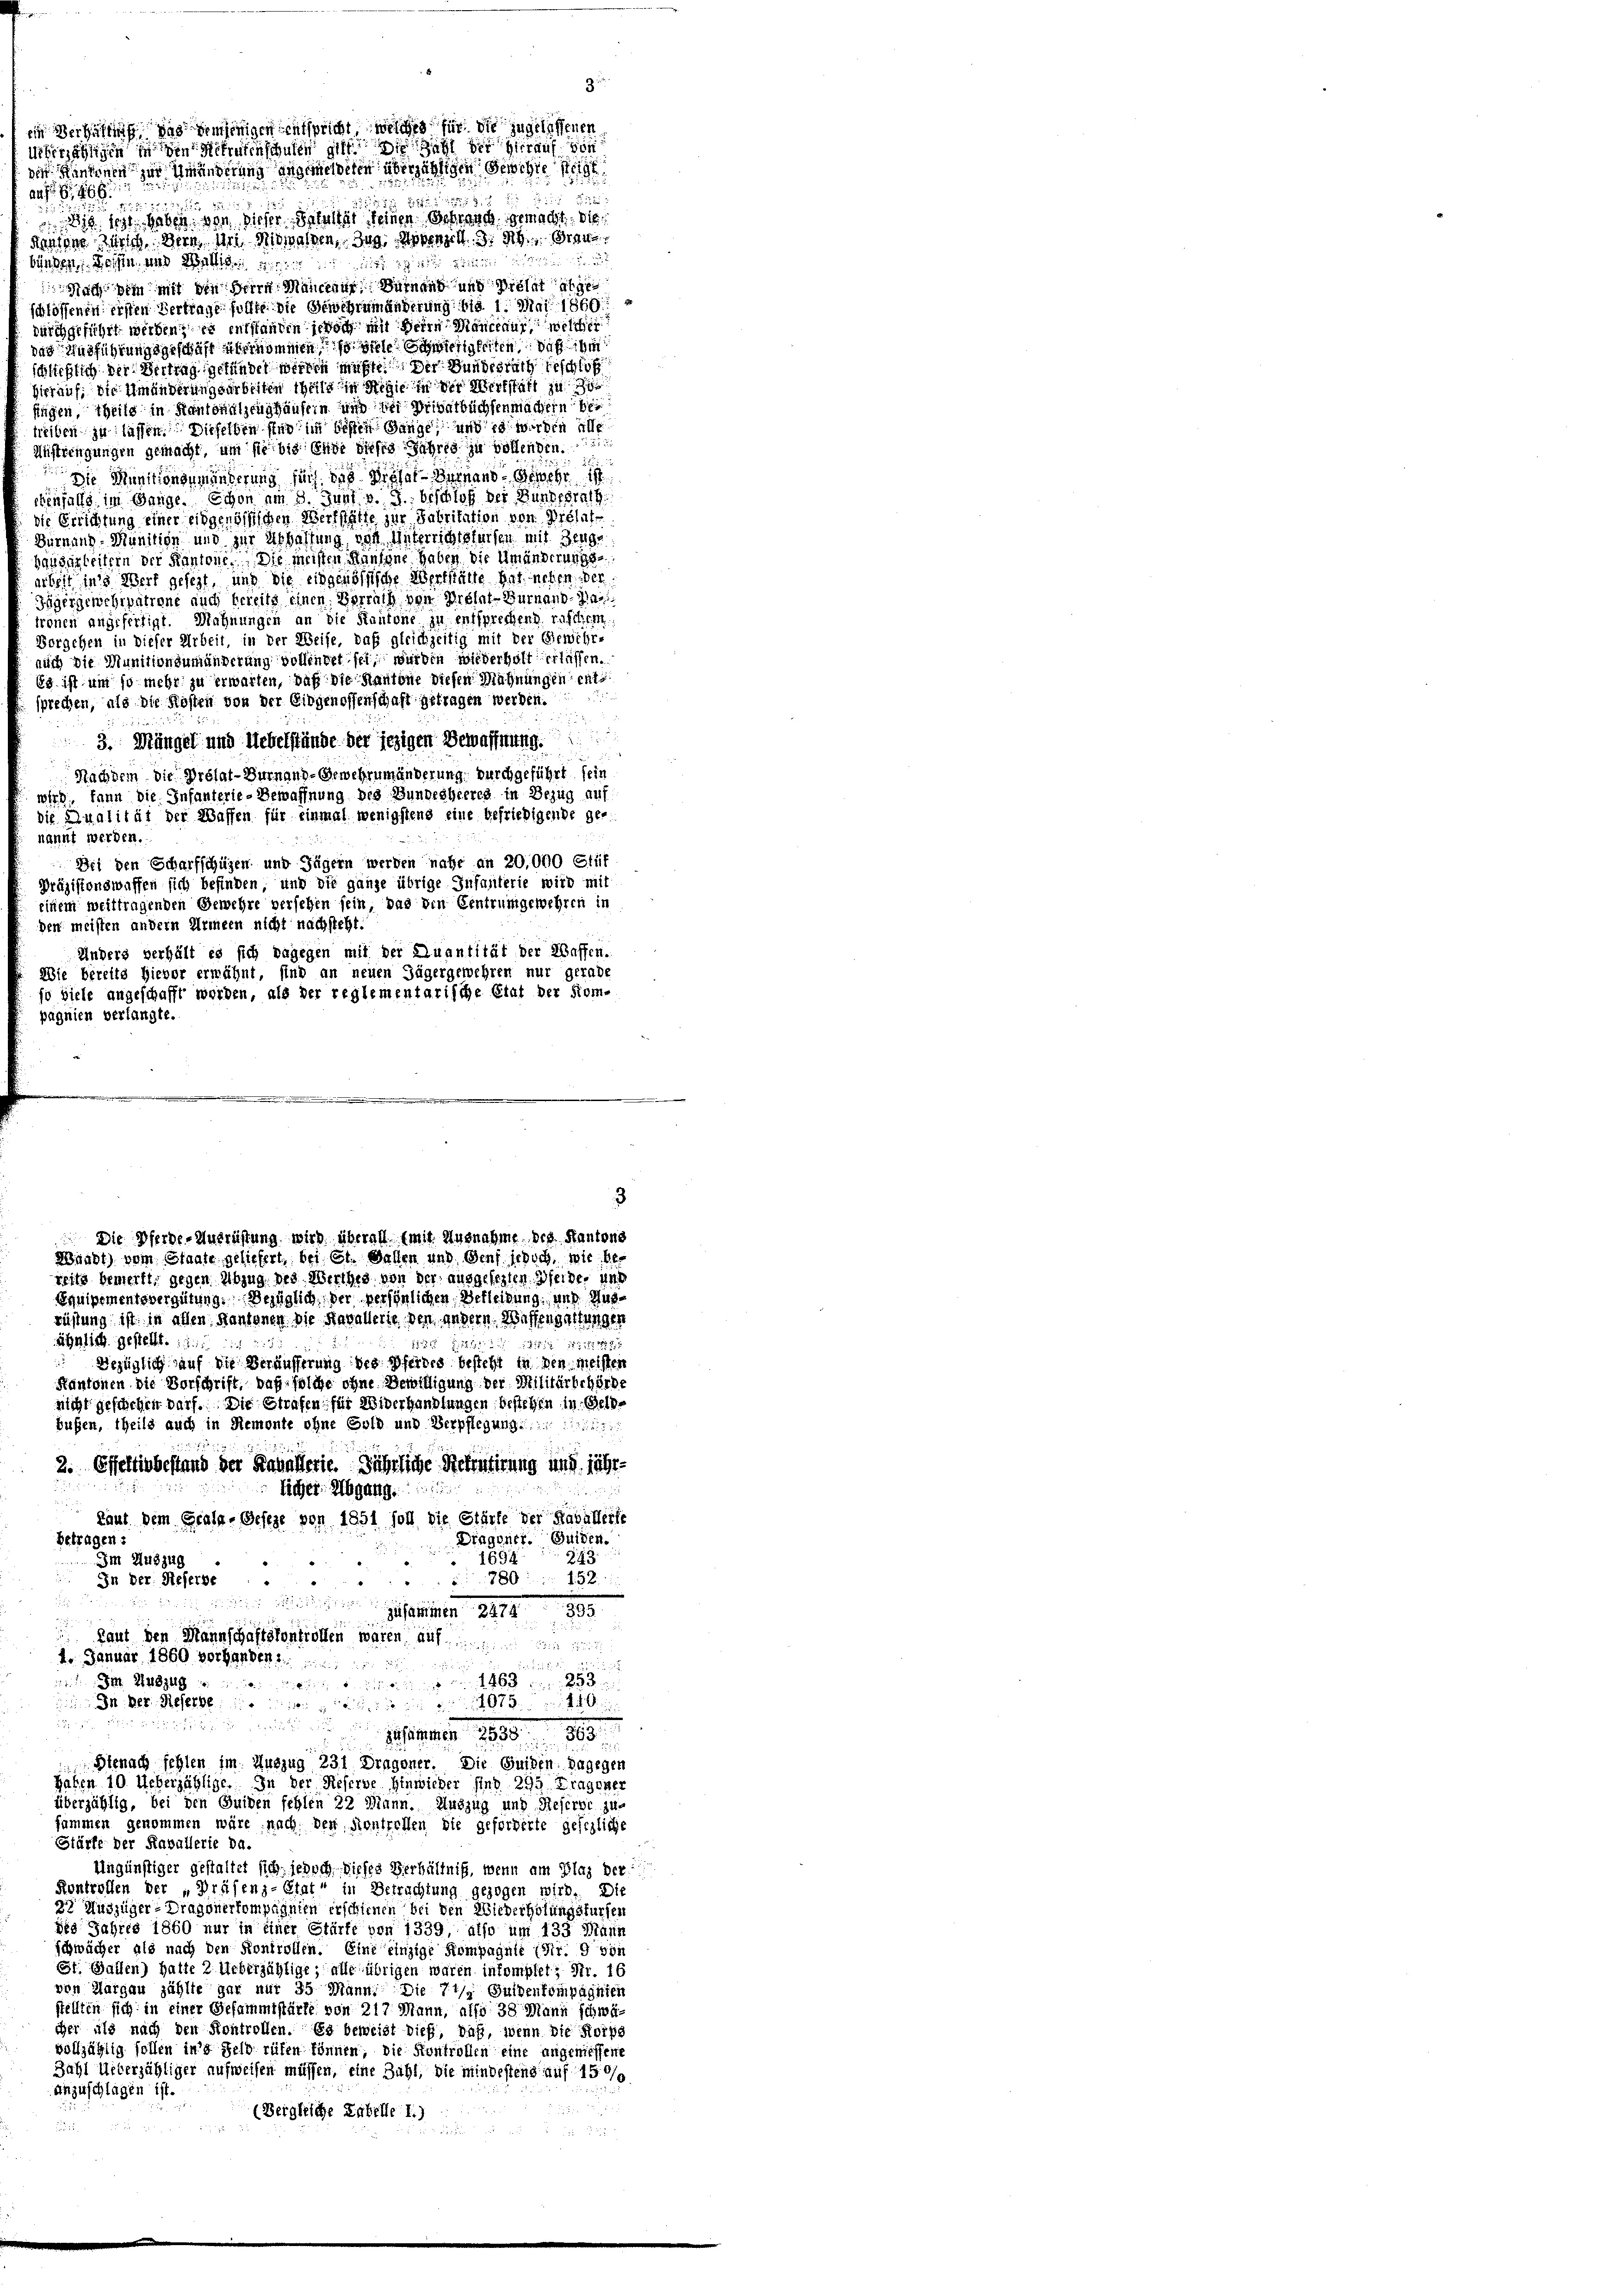
8

2237
218. 1881 haben, von dieser Belangt seinen Schrauch gemacht. Die
Rarone Zürich dern, der Mithalten, Zug, Appenzell 3. Aben
die St
bünden Reisen und Wallis
Nach im mit den Herrn Mancieur Dirnen und Prälateiger
schlossenen ersten Vertrage sollte die Gewehrumänderung bis 1. Mai 1860
durchgeführt werden? es entstanden jedoch mit Herrn Manccaur, welcher
das Ausführungsgeschäft übernommen, so viele anderigkeiten, daß ihm
schließlich der Vertrag gefündet werden müßte. Der Bundesrath beschloß
Hierauf, die Umänderungsarbeiten theile in Regie in der Werkstatt zu
fingen, theils in Kantonalzeughäusern und bei Privatbüchsenmachern bei
treiben zu lassen. Dieselben sind im besten Gange, und es werden alle
Austringungen gemacht, um sie bis Ende dieses Jahres zu vollenden.
Die Munitionsumänderung sich, daß diesel-Sarrand Gewehr ist
tenfalls im Gange. Schon am 8. Juni v. J., beschloß der Bundesrath
die Errichtung einer eidgenößischen Werkstätte zur Fabritation von Prélat¬
Bürnung - Munition und zur Abhaltung, von Unterrichtsleisen mit Berge
händigkeitern der Kantone. Die meisten Kaufene haben, die Umänderungs-
arbeit in’s Wert gesezt, und die eidgenössische Werthalte hat, neben der
Jögergewehrpatrone auch bereits einen Vorrath von Pretnt-Burhand-Har
trönen angefertigt. Mahnungen an die Kantone in entsprechend raschem
Vorgehen in dieser Arbeit, in der Weise, daß gleichzeitig mit der Gewehr-
auch die Munitionsumänderung vollendet sei, werden wiederholt erlassen.
Es ist um so mehr zu erwarten, daß die Kantone diesen Mahnungen entsprechen, als die Kosten von der Eidgenossenschaft getragen werden.
3. Mängel und Uebelstände bei jezigen Bewaffnung.
Nachdem die Présat-Turnaud-Gewehrumänderung durchgeführt sein
wird. Dann die Infanterie-Bewaffnung des Bundesheeres in Bezug auf
die Qualität der Waffen für einmal wenigstens eine befriedigende ge-
nannt werden.
Del den Scharfschüzen und Jägern werden nahe an 20,000 Stif
Präzisionswaffen sich befinden, und die ganze übrige Infanterie wird mit
einem weittragenden Gewehre versehen sein, das den Centrumgewehren in
den meisten andern Armeen nicht nachsteht.
Anders verhält es sich dagegen mit der Quantität der Waffen.
Wie bereits Hievor erwähnt, sind an neuen Jägergewehren nur gerade
so viele angeschafft worden, als der reglementarische Etat der Som-
pagnien verlangte.

ein Verhältnis das demjenigen entspricht welches für die zugelassenen
ehrjährigen in den Schrufen schulen git die Zahl der herauf von
der Kindenen zur Umänderung angemeldeten überzähligen Beschie eige
auf S. 166

3

Die Pferde-Ausrüstung wird überall (mit Ausnahme des Kantone
Waadt) vom Staate geliefert, bei St. Gallen und Genf jedoch, wie bereits bemerkt, gegen Abzug des Werthes von der ausgefegten Beide, und
Equipementsvergütung. Bezüglich der persönlichen Berleibung, und Ausrüfung ist in allen Kantonen die Kavallerie den andern Wassengattungen

.
JM. Einzug

kaut den Mannschaftskontrollen waren, auf
4. Januar 1860 vorhanden.
wesen beeint ist von 1868 n 253
 Der Reser in

25

3

ähnlich gestellt. 11.
1531 f. 584. 1217/4 117122472
Bezüglich auf die Veräusserung des Pferdes besteht in den meisten
Kantonen die Vorschrift, das solche ohne Bewilligung der Militärbehörde
nicht geschehen darf. Die Strafen für Widerhandlungen bestehen in Geldbußen, theils auch in Remonte ohne Gold und Verpflegung
2. Effektivbestand der Kavallerie. Jährliche Rekrutirung und jährlicher Abgang

kauf dem Gralg-Geseze von 1851 soll die Stiefe der Kavallerle
Dingener. Guiden.
Betragen:
243.
1694.
Im Auszug
780 152
In der Reserve
 a
dpennen, 12418. 1883.
2
n
2
1 1899, 189.
Hienach fehlen im Auszug 231 Dragoner. Die Guiden dagegen
haben 10 Ueberzählige. In der Referne Hinwieder sind 295 Fragener
überzählig, bei den Guiden fehlen 22 Mann. Auszug und Reserbe zu-
sammen genommen wäre, nach, den Kontrollen die geforderte gesezliche
Stärke der Raballerie da.
Ungünstiger gestaltet sich jedoch dieses Verhältnis, wenn am Blag der
Kontrollen der „Präsenz-Etat“ in Betrachtung gezogen wird. Die
2t Auszüger-Dragonerkompagnien erschienen bei den Wiederholungsfürsen
des Jahres 1860 nur in einer Stürfe von 1339, also um 133 Mann
schwächer als nach den Kontrollen. Eine einzige Kompagnie (Nr. 9 von
St. Gallen) hatte 2 Ueberzählige; alle übrigen waren inkomplet; Nr. 16
von Margau zählte gar nur 35 Mann. Die 71/3 Guldenkompagnien
stellten sich in einer Gesammtstärke von 217 Mann, also 38 Mann schwä-
cher als nach den Kontrollen. Es beweist dieß, daß, wenn die Korpo
vollzählig sollen in’s Feld rüfen können, die Kontrollen eine ungeniessene
Zahl Ueberzähliger aufweisen müssen, eine Zahl, die mindestens auf 15 %
anzuschlagen ist.
(Bergleiche Erbelle 1.)

.